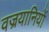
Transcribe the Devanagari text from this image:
वज्रयानियों